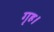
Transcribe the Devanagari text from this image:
गृह।